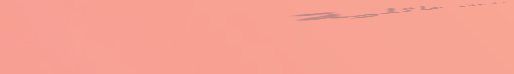
مطعم اللمة: وجبات عائلية